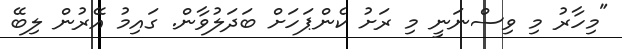
"މިހާރު މި ވިސްނަނީ މި ރަށު ކެންޕަހަށް ބަދަލުވާން. ގައިމު އޭރުން ލިބޭ